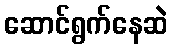
ဆောင်ရွက်နေဆဲ